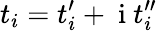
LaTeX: t_{i}=t_{i}^{\prime}+\mathrm{~i~}t_{i}^{\prime\prime}